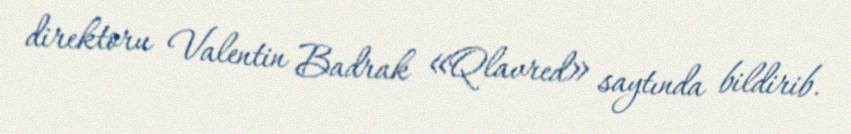
direktoru Valentin Badrak «Qlavred» saytında bildirib.